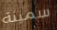
سمينة